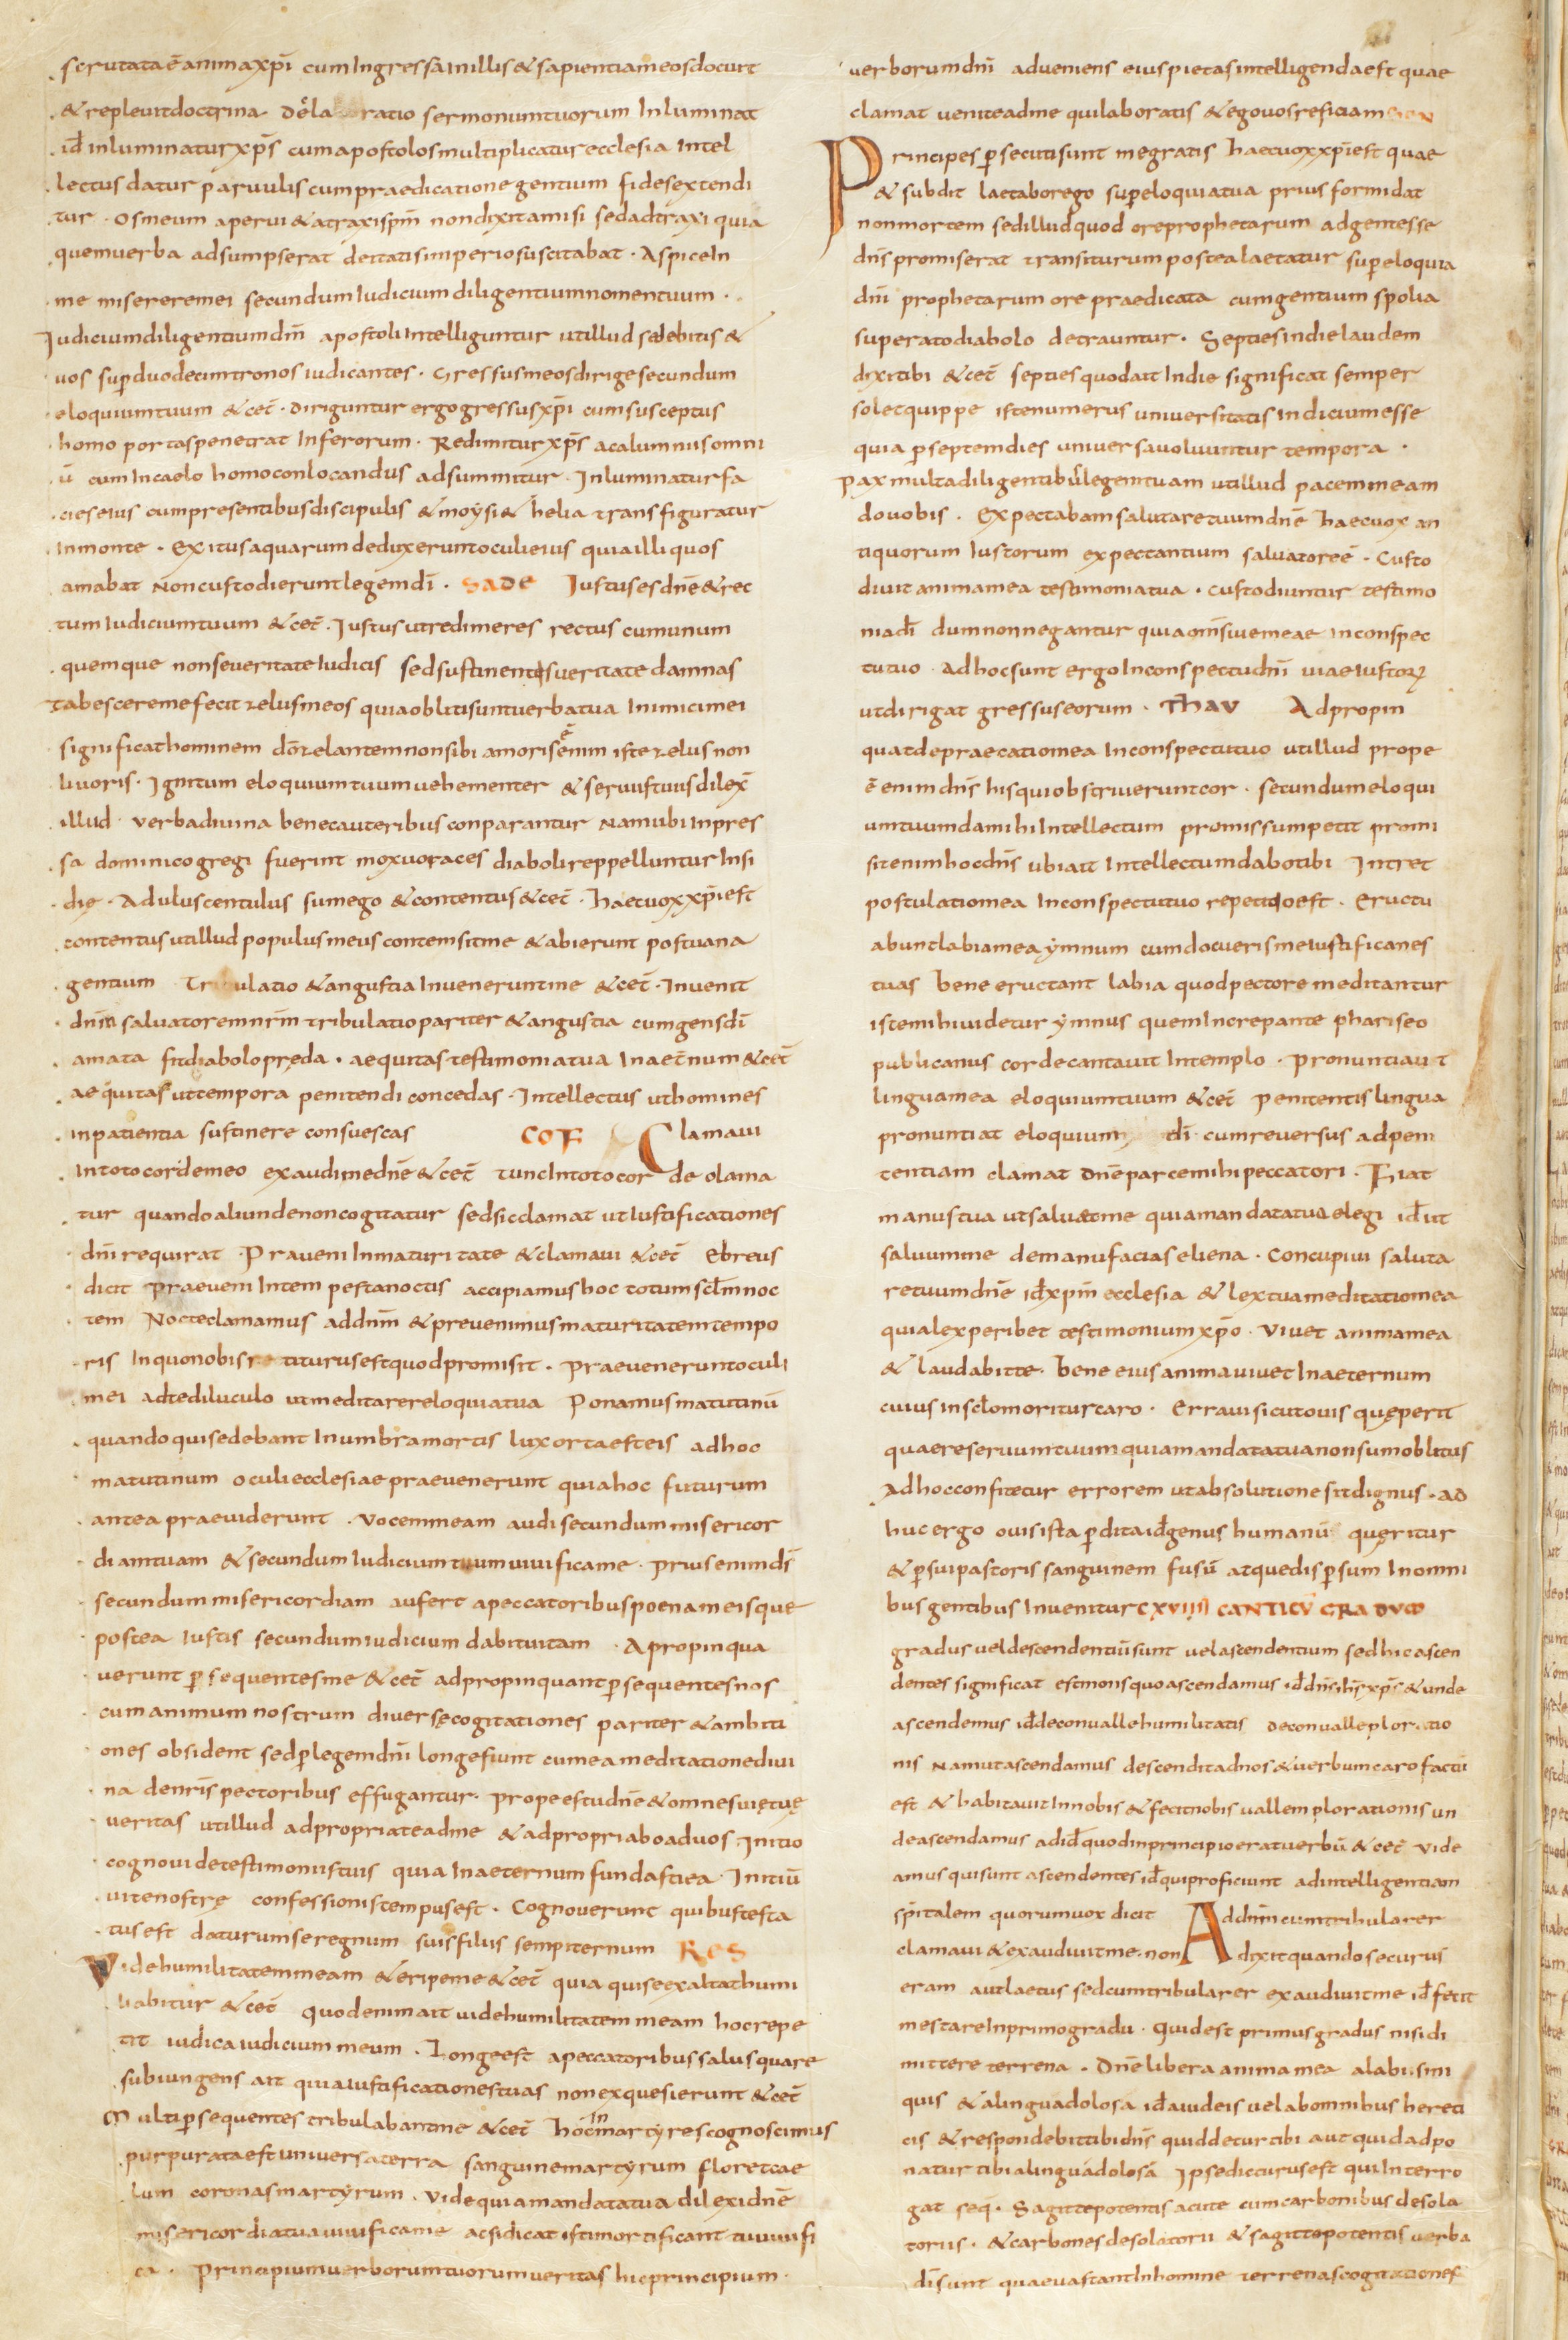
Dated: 800–824